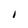
Character: 1